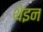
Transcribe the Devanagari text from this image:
थेइन